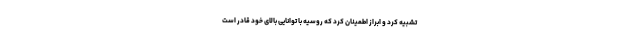
تشبیه کرد و ابراز اطمینان کرد که روسیه با توانایی بالای خود قادر است